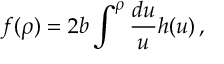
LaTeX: f ( \rho ) = 2 b \int ^ { \rho } \frac { d u } { u } h ( u ) \, ,